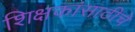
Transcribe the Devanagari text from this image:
शिक्षकांसाठीचे